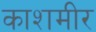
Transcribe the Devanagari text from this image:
काशमीर